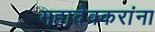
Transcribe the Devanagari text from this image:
महादेवकरांना